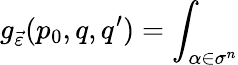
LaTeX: g_{\vec{\varepsilon}}(p_{0},q,q^{\prime})=\int_{\alpha\in\sigma^{n}}